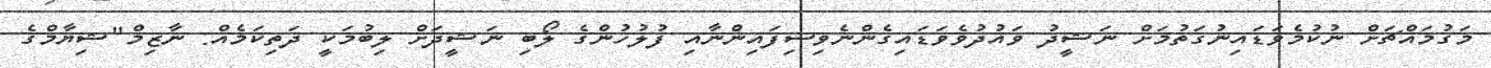
މަގުމައްޗަށް ނުކުމެވަޑައިނުގަތުމަށް ނަޝީދު ވައުދުވެވަޑައިގެންނެވިސިފައިންނާއި ފުލުހުންގެ ލޯބި ނަޝީދަށް ލިބުމަކީ ދަތިކަމެއް: ނާޒިމް"ޝިޔާމްގެ